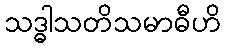
သဒ္ဓါသတိသမာဓီဟိ